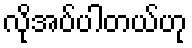
လိုအပ်ပါတယ်ဟု